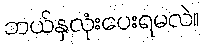
ဘယ်နှလုံးပေးရမလဲ။